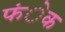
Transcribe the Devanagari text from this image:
फंेक